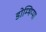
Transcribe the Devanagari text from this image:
डोम्भिप्पा